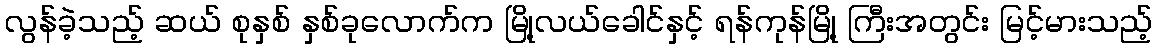
လွန်ခဲ့သည့် ဆယ် စုနှစ် နှစ်ခုလောက်က မြို့လယ်ခေါင်နှင့် ရန်ကုန်မြို့ ကြီးအတွင်း မြင့်မားသည့်